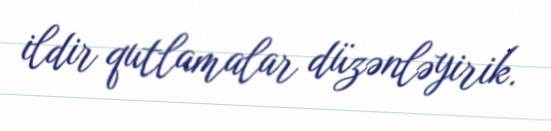
ildir qutlamalar düzənləyirik.